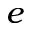
e